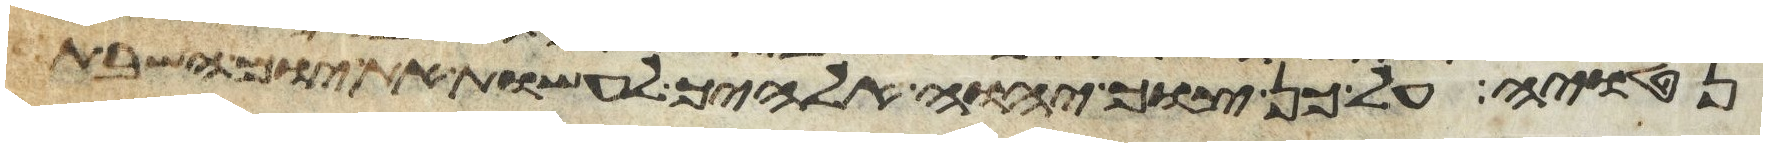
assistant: נטויה על כן צוך יהוה אלהיך לעשות את יום השבת